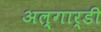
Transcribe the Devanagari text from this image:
अल्गार्डी